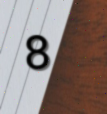
8